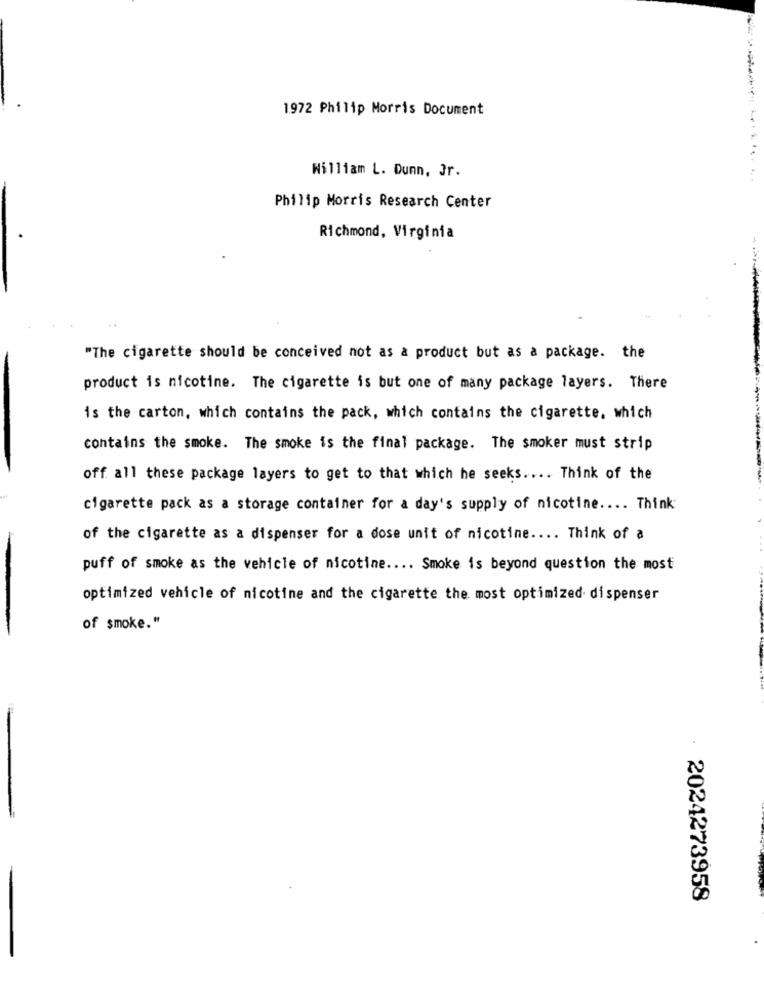
1972 Philip Morris Document
William L. Dunn, Jr.
......
Philip Morris Research Center
Richmond, Virginia
"The cigarette should be conceived not as a product but as a package. the
product is nicotine. The cigarette is but one of many package layers. There
is the carton, which contains the pack, which contains the cigarette, which
contains the smoke. The smoke is the final package. The smoker must strip
off all these package layers to get to that which he seeks .... Think of the
cigarette pack as a storage container for a day's supply of nicotine .... Think
of the cigarette as a dispenser for a dose unit of nicotine .... Think of a
puff of smoke as the vehicle of nicotine .... Smoke is beyond question the most
optimized vehicle of nicotine and the cigarette the most optimized dispenser
of smoke."
2024273958